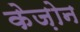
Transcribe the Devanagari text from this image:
केज़ोन